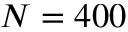
N = 4 0 0